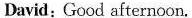
David: Good afternoon.